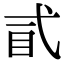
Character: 𢎈